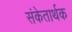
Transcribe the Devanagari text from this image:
संकेतार्थक